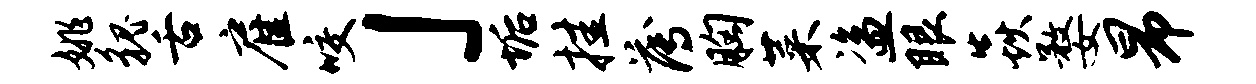
姚貌舌雇咬」垢挂薄胸菜盗眼焱婺昂